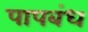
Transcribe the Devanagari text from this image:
पापबंध